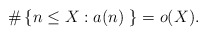
\begin{align*}\#\left\lbrace n\leq X : a(n)\ \right\rbrace=o(X).\end{align*}